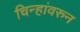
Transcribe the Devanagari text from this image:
चिन्हांवरुन